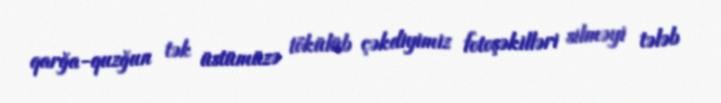
qarğa-quzğun tək üstümüzə tökülüb çəkdiyimiz fotoşəkilləri silməyi tələb